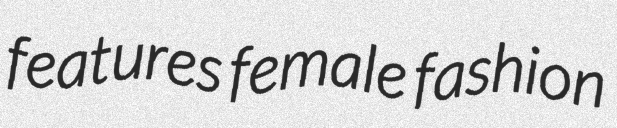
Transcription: features female fashion